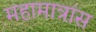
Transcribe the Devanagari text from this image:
महामात्रांस